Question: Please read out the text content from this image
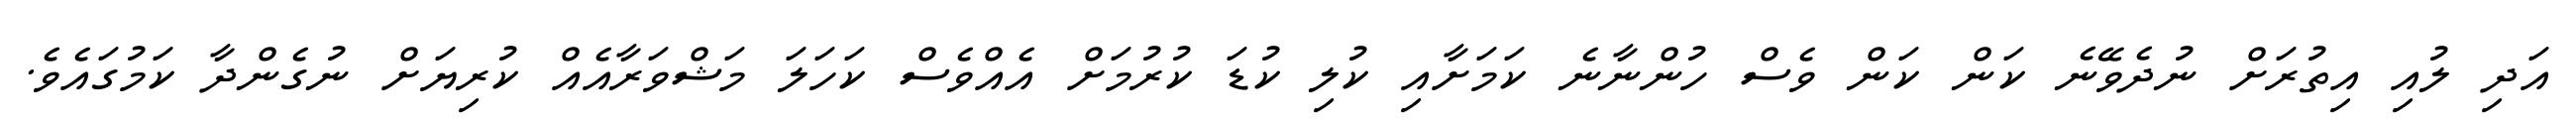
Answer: އަދި ލުއި އިތުރަށް ނުދެވޭނެ ކަން ކަން ވެސް ހުންނާނެ ކަމަށާއި ކުލި ކުޑަ ކުރުމަށް އެއްވެސް ކަހަލަ މަޝްވަރާއެއް ކުރިޔަށް ނުގެންދާ ކަމުގައެވެ.